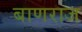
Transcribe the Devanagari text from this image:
बाणराज